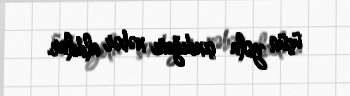
üçün yola çıxdığını xəbər aldılar.